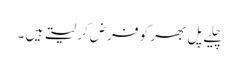
چلیے پل بھر کو فرض کر لیتے ہیں ۔